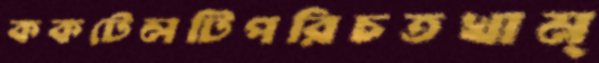
ককটেলটিপরিচতখাম্‌